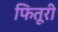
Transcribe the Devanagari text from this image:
फितूरी